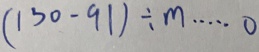
( 1 3 0 - 9 1 ) \div m \cdots 0